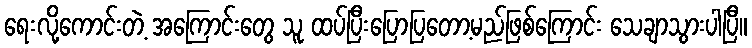
ရေးလို့ကောင်းတဲ့ အကြောင်းတွေ သူ ထပ်ပြီးပြောပြတော့မည်ဖြစ်ကြောင်း သေချာသွားပါပြီ။